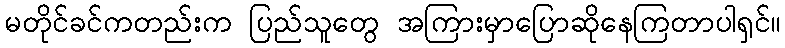
မတိုင်ခင်ကတည်းက ပြည်သူတွေ အကြားမှာပြောဆိုနေကြတာပါရှင်။